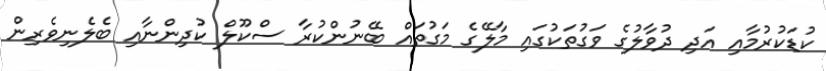
ކުޑަކުރުމާއި އަދި ދުވާލުގެ ވަގުތަކުގައި މާލޭގެ މަގުތައް ބޭނުންކުރާ ސްކޫލް ކުދިންނާއި ބެލެނިވެރިން